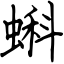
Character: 蝌